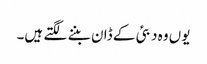
یوں وہ دبئی کے ڈان بننے لگتے ہیں۔